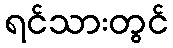
ရင်သားတွင်